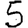
Digit: 5